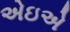
એઇએ